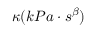
\kappa ( k P a \cdot s ^ { \beta } )